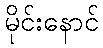
မိုင်းနောင်